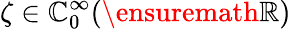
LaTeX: \zeta\in\mathbb{C}_{0}^{\infty}(\ensuremath{{\mathbb{{R}}}})